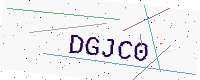
Text: DGJC0